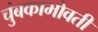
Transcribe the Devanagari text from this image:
चुंबकाभोवती